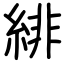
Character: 緋